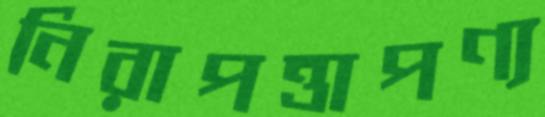
নিরাপত্তাপণ্য